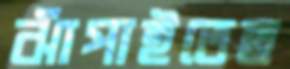
ঝাঁপাইতেছ